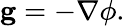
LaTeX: \mathbf{g}=-\nabla\phi.